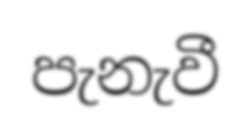
පැනැවී